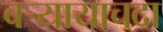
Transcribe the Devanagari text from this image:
बऱ्यायाचदा